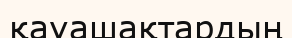
қауашақтардың